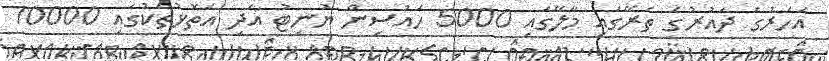
އަހަރުގެ ދައުރުގެ ތެރޭގައި މާލޭގައި 5000 ހައުސިން ޔުނިޓު އަދި އަތޮޅުތަކުގައި 10000